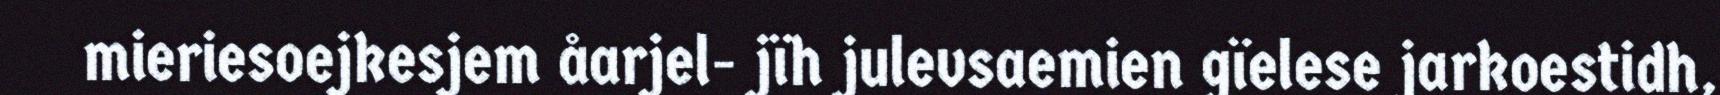
mieriesoejkesjem åarjel- jïh julevsaemien gïelese jarkoestidh,